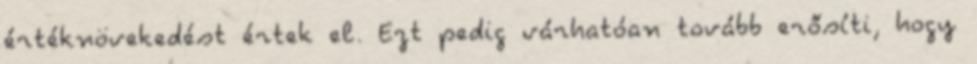
értéknövekedést értek el. Ezt pedig várhatóan tovább erősíti, hogy